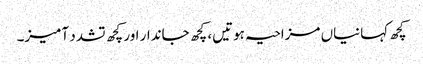
کچھ کہانیاں مزاحیہ ہوتیں، کچھ جاندار اور کچھ تشدد آمیز۔